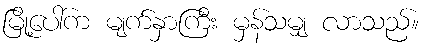
မြို့ပေါ်က မျက်နှာကြီး မှန်သမျှ လာသည်။